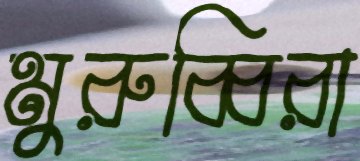
মুরুব্বিরা